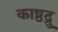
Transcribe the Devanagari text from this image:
काष्ठद्रु